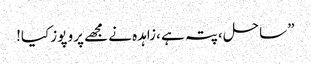
” ساحل ،پتہ ہے ،زاہدہ نے مجھے پرو پوز کیا!